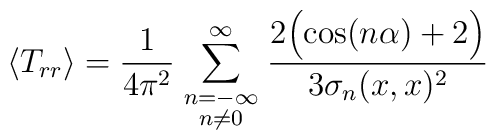
\langle T_{rr}\rangle = {1\over4\pi^2}\sum_{\scriptstyle n=-\infty\atop\scriptstyle n\ne0}^\infty{2\Bigl( \cos(n\alpha) + 2\Bigr)\over3\sigma_n(x,x)^2}